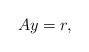
LaTeX: \begin{align*}Ay = r, \end{align*}